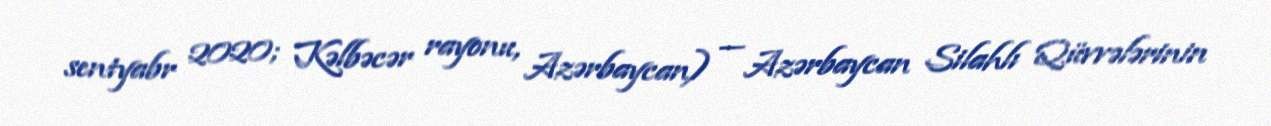
sentyabr 2020; Kəlbəcər rayonu, Azərbaycan) — Azərbaycan Silahlı Qüvvələrinin